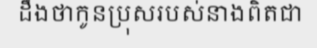
ដឹងថាកូនប្រុសរបស់នាងពិតជា